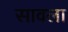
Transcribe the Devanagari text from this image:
सावला